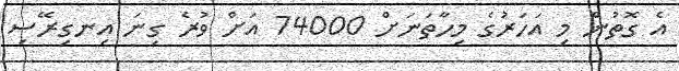
އެ ގޮތުން މި އަހަރުގެ މިހާތަނަށް 74000 އަށް ވުރެ ގިނަ އިނގިރޭސި